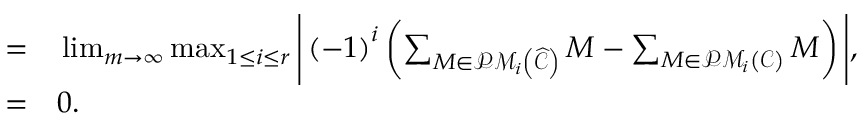
\begin{array} { r l } { = } & { { } \operatorname* { l i m } _ { m \rightarrow \infty } \operatorname* { m a x } _ { 1 \leq i \leq r } \Bigg \vert \left( - 1 \right) ^ { i } \left( \sum _ { M \in \mathcal { P M } _ { i } \left( \widehat { \mathcal { C } } \right) } M - \sum _ { M \in \mathcal { P M } _ { i } \left( \mathcal { C } \right) } M \right) \Bigg \vert , } \\ { = } & { { } 0 . } \end{array}